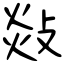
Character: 敥